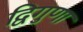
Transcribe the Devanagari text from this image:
द्विगुणा